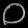
Digit: ၀